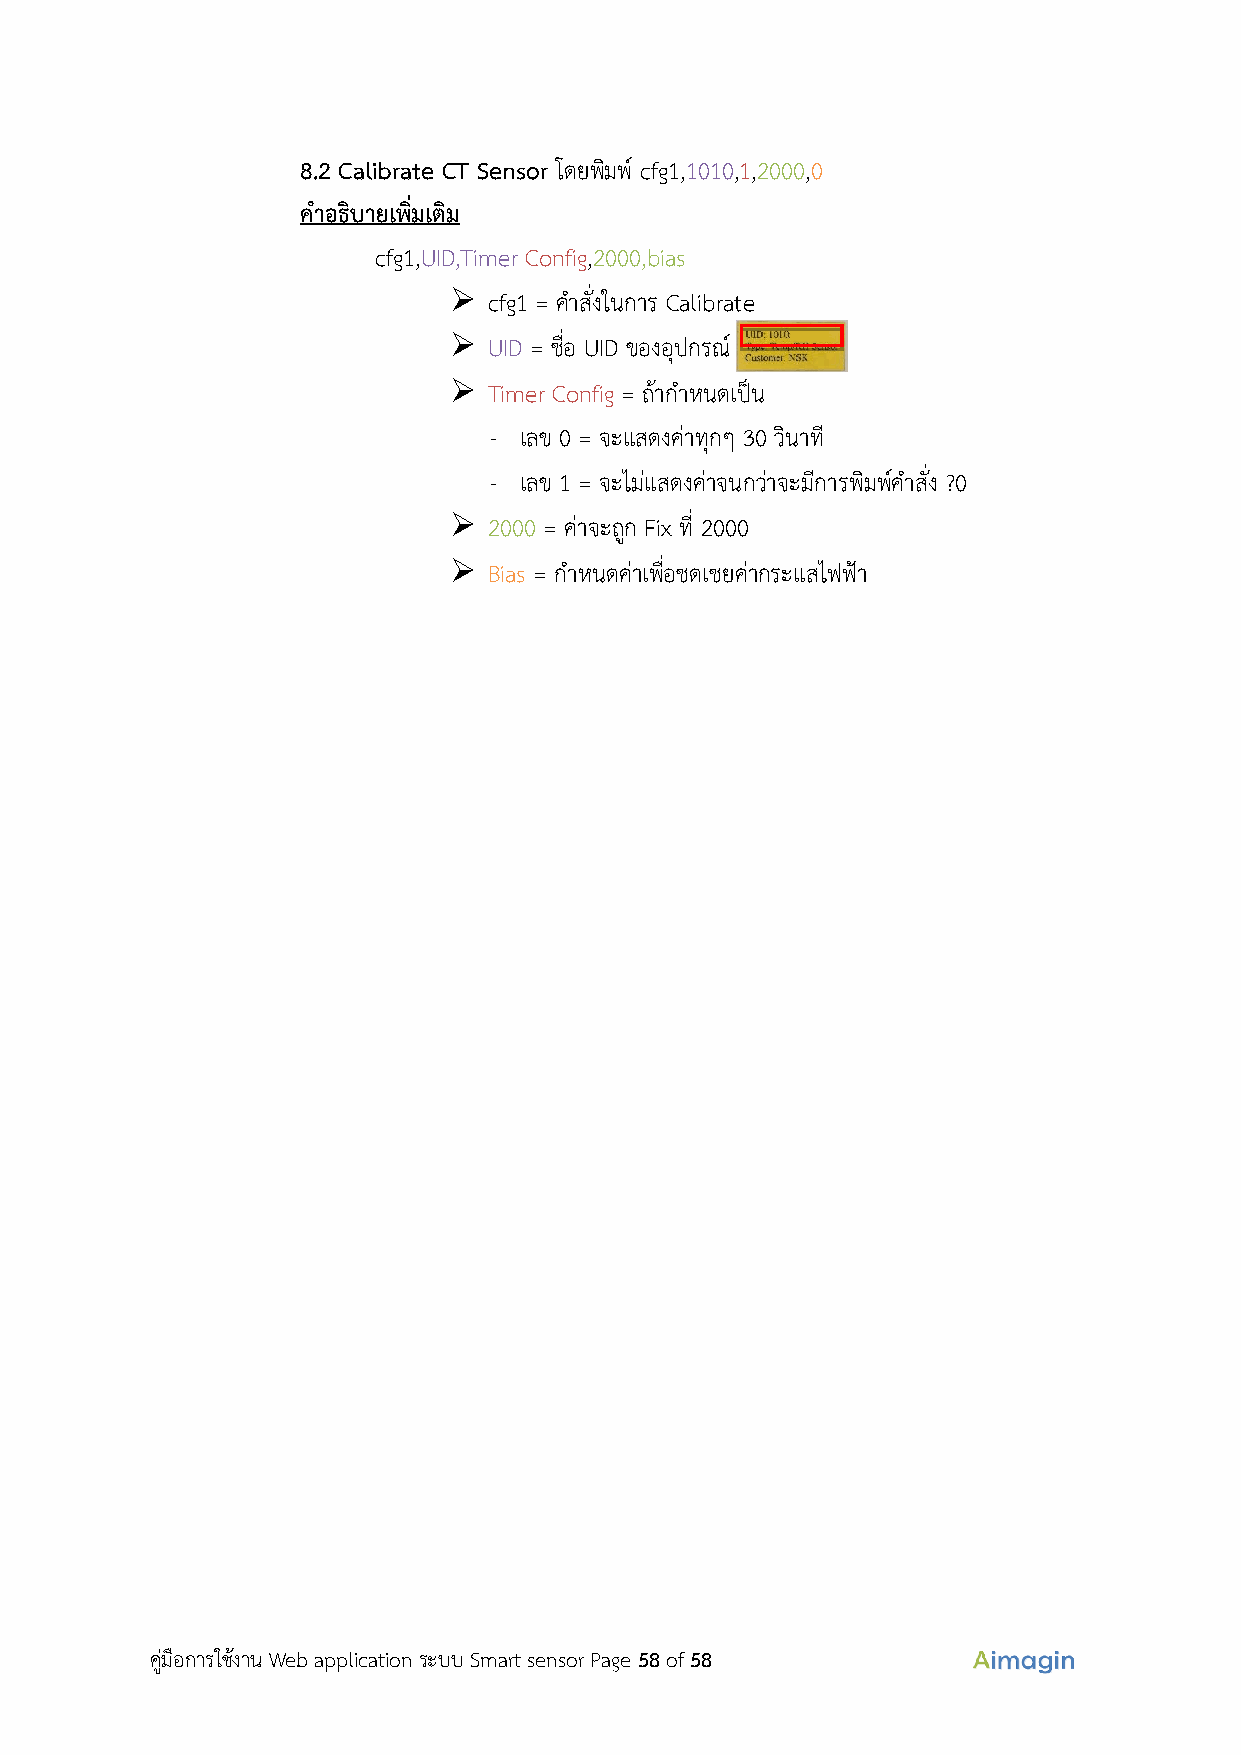
8.2 Calibrate CT Sensor โดยพิมพ์ cfg1,1010,1,2000,0
 คำอธิบายเพิ่มเติม
 cfg1,UID,Timer Config,2000,bias
 ➢ cfg1 = คำสั่งในการ Calibrate
 ➢ UID = ชื่อ UID ของอุปกรณ์
 ➢ Timer Config = ถ้ากำหนดเป็น
 - เลข 0 = จะแสดงค่าทุกๆ 30 วินาที
 - เลข 1 = จะไม่แสดงค่าจนกว่าจะมีการพิมพ์คำสั่ง ?0
 ➢ 2000 = ค่าจะถูก Fix ที่ 2000
 ➢ Bias = กำหนดค่าเพื่อชดเชยค่ากระแสไฟฟ้า
 คู่มือการใช้งาน Web application ระบบ Smart sensor Page 58 of 58